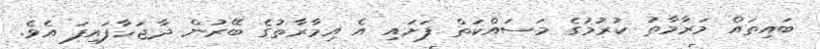
ބައިތައް މަރާމާތު ކުރުމުގެ މަސައްކަތް ފަށައި އެ އިމާރާތުގެ ބޭރުން ދާޖަހާފައިފަ އެވެ.